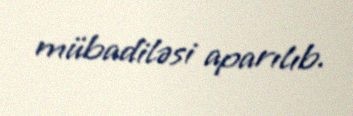
mübadiləsi aparılıb.